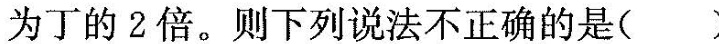
为丁的2倍。则下列说法不正确的是( )